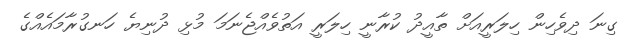
ގިނަ ދިވެހިން ހިލަރީއަށް ތާއީދު ކުރާނީ ހިލަރީ އަތުވެއްޖެނަމަ މުޅި ދުނިޔެ ހަނގުރާމައެއްގެ